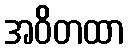
အဝိတထာ